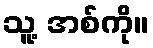
သူ့ အစ်ကို။